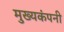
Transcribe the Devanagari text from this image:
मुख्यकंपनी